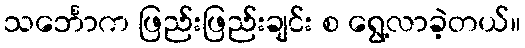
သင်္ဘောက ဖြည်းဖြည်းချင်း စ ရွေ့လာခဲ့တယ်။